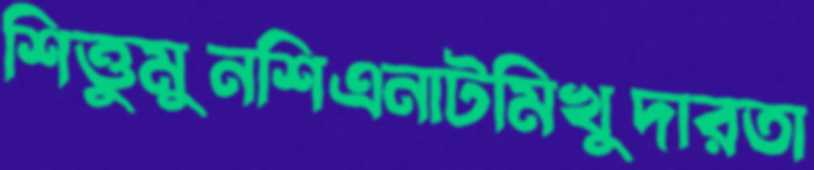
শিত্তুমুনশিএনাটমিখুদারতা